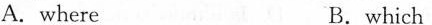
A. where B.which